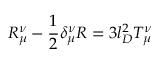
R _ { \mu } ^ { \nu } - \frac { 1 } { 2 } \delta _ { \mu } ^ { \nu } R = 3 l _ { D } ^ { 2 } T _ { \mu } ^ { \nu }